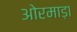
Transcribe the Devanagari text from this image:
ओरमाड़ा